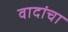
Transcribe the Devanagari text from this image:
वादांचा